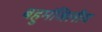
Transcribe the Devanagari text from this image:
बहुमंजिलीय